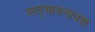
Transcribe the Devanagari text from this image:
सद्भावनावश